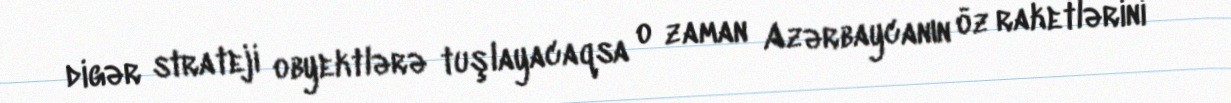
digər strateji obyektlərə tuşlayacaqsa o zaman Azərbaycanın öz raketlərini